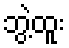
ဘွဲ့ထူး